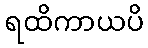
ရထိကာယပိ